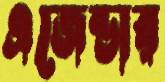
এজেন্ডার